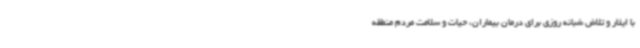
با ایثار و تلاش شبانه روزی برای درمان بیماران، حیات و سلامت مردم منطقه